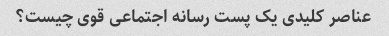
عناصر کلیدی یک پست رسانه اجتماعی قوی چیست؟